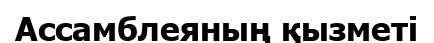
Ассамблеяның қызметі